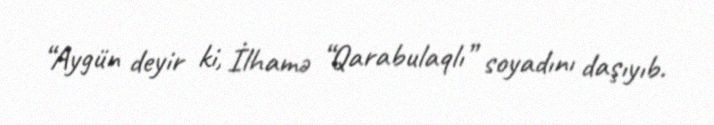
“Aygün deyir ki, İlhamə “Qarabulaqlı” soyadını daşıyıb.